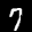
Label: 7